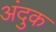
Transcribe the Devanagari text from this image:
अंदुक